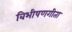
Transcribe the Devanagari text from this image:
बिभीषणगीता